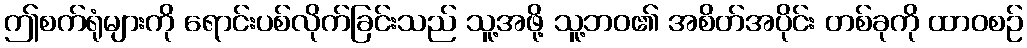
ဤစက်ရုံများကို ရောင်းပစ်လိုက်ခြင်းသည် သူ့အဖို့ သူ့ဘဝ၏ အစိတ်အပိုင်း တစ်ခုကို ထာဝစဉ်